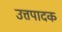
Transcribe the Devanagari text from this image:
उत्तपादक